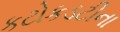
કટોકડટીના